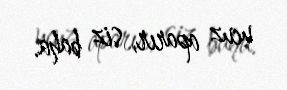
ucuz aparır, siz baha.